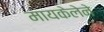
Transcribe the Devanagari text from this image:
मायकेलेने